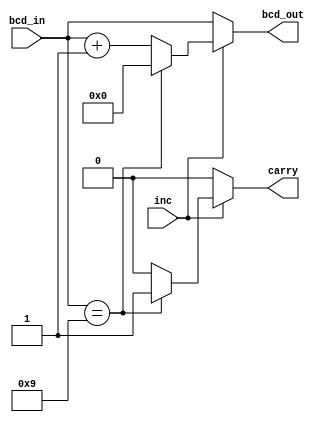
// Single digit BCD incrementor

module bcd_digit_incrementor
    (
    input  wire[3:0] bcd_in,
    input  wire      inc,
    output reg[3:0]  bcd_out,
    output reg       carry
    );

    always@*
    begin
        if (inc)
            begin
                if (bcd_in == 4'b1001) begin
                    bcd_out = 4'b0000;
                    carry   = 1'b1;
                end
                else begin
                    bcd_out = bcd_in + 1;
                    carry = 1'b0;
                end
            end
        else
            begin
                bcd_out = bcd_in;
                carry = 1'b0;
            end
    end

endmodule